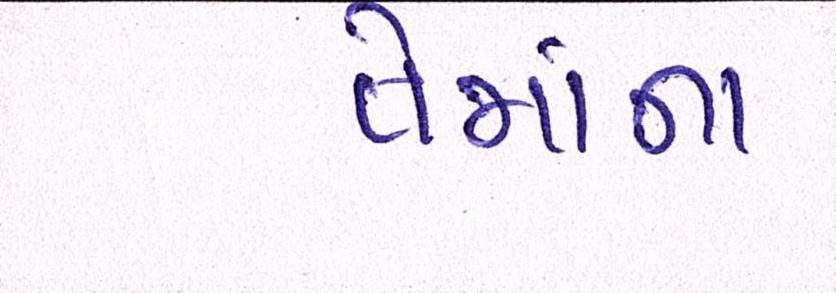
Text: તેમાંના